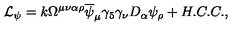
\mathcal { L } _ { \psi } = k \Omega ^ { \mu \nu \alpha \rho } \overline { { \psi } } _ { \mu } \gamma _ { 5 } \gamma _ { \nu } D _ { \alpha } \psi _ { \rho } + H . C . C . ,